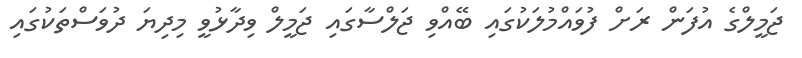
ޖަމީލްގެ އުފަން ރަށް ފުވައްމުލަކުގައި ބޭއްވި ޖަލްސާގައި ޖަމީލް ވިދާޅުވީ މިދިޔަ ދުވަސްތަކުގައި